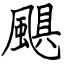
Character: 颶